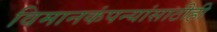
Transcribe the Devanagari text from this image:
विमानकंपन्यांसाठीही